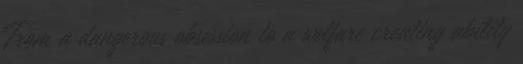
From a dangerous obsession to a welfare creating ability